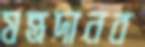
যন্ত্রদানব